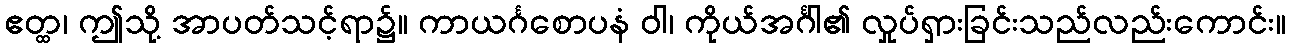
ဧတ္ထ၊ ဤသို့ အာပတ်သင့်ရာ၌။ ကာယင်္ဂစောပနံ ဝါ၊ ကိုယ်အင်္ဂါ၏ လှုပ်ရှားခြင်းသည်လည်းကောင်း။